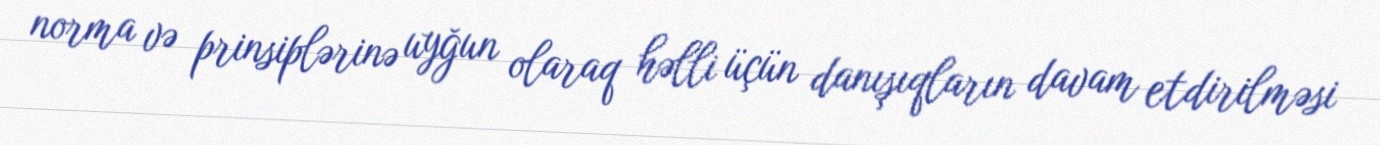
norma və prinsiplərinə uyğun olaraq həlli üçün danışıqların davam etdirilməsi